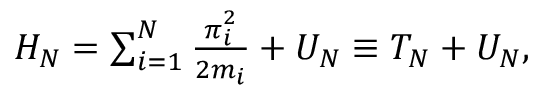
\begin{array} { r } { H _ { N } = \sum _ { i = 1 } ^ { N } \frac { \boldsymbol { \pi } _ { i } ^ { 2 } } { 2 m _ { i } } + U _ { N } \equiv T _ { N } + U _ { N } , } \end{array}